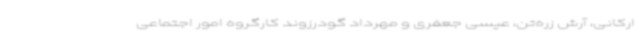
ارکانی، آرش زره‌تن، عیسی جعفری و مهرداد گودرزوند کارگروه امور اجتماعی